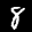
Label: 8